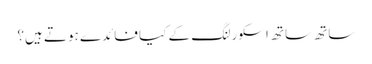
ساتھ ساتھ اسکورلنگ کے کیا فائدے ہوتے ہیں؟